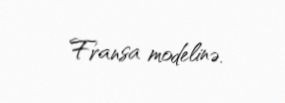
Fransa modelinə.